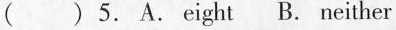
( ) 5. A.Eight B. Neither